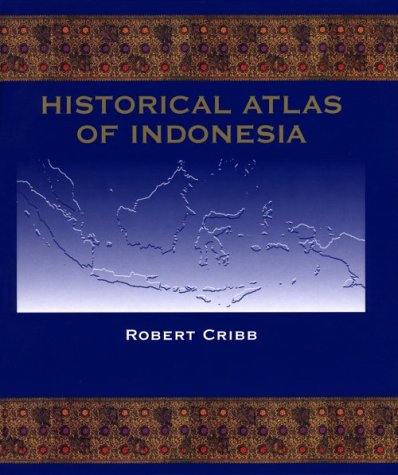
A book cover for Historical Atlas of Indonesia; Robert Cribb; Christian Books & Bibles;